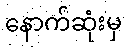
နောက်ဆုံးမှ